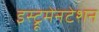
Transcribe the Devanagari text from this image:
इस्ट्रूमेनटेशन